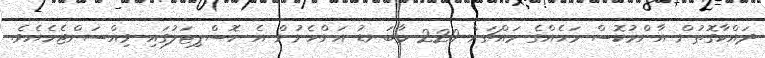
ދައްކާގޮތުން އާންމުކޮސް މަހެއްގެ މައްޗަށް 220 މާބަނޑު އަންހެނުން އެ ހޮސްޕިޓަލުގައި ވިއްސަންޖެހެއެވެ.